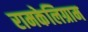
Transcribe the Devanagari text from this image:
रामकेलिग्राम